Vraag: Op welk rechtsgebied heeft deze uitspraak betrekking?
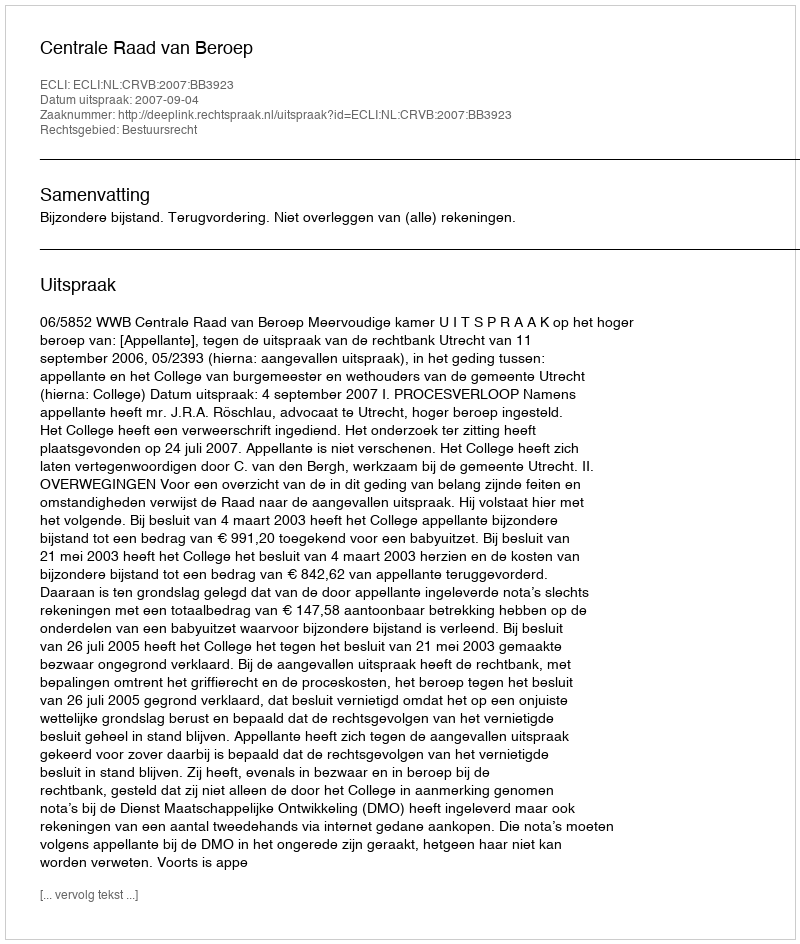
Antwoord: Bestuursrecht